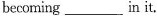
becoming___in it.